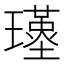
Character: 𤪣